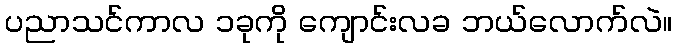
ပညာသင်ကာလ ၁ခုကို ကျောင်းလခ ဘယ်လောက်လဲ။